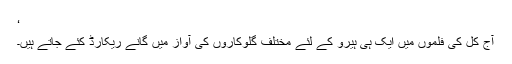
‘
آج کل کی فلموں میں ایک ہی ہیرو کے لئے مختلف گلوکاروں کی آواز میں گانے ریکارڈ کئے جاتے ہیں۔